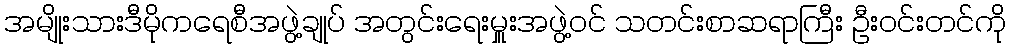
အမျိုးသားဒီမိုကရေစီအဖွဲ့ချုပ် အတွင်းရေးမှူးအဖွဲ့ဝင် သတင်းစာဆရာကြီး ဦးဝင်းတင်ကို